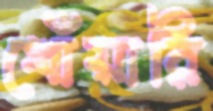
খোঁয়ারি